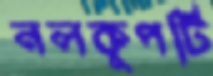
নলকূপটি